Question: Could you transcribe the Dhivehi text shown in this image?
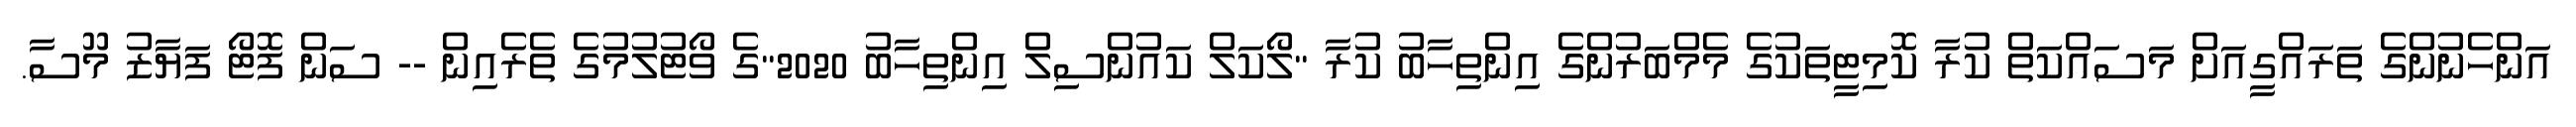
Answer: އަންހެނުންގެ ތަރައްގީއަށް މަސައްކަތް ކުރާ ކޮމިޓީތަކުގެ މެމްބަރުންގެ އިންތިހާބު ކުރާ "ލޯކަލް ކައުންސިލް އިންތިހާބު 2020"ގެ ވޯޓުލުމުގެ ތެރެއިން -- ސަން ފޮޓޯ ފަޔާޒު މޫސާ.